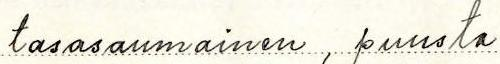
tasasaumainen, puusta